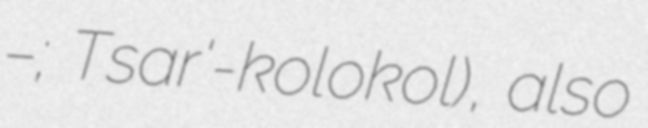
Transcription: Царь–колокол; Tsar'-kolokol), also